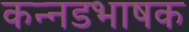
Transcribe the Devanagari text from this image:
कन्नडभाषक